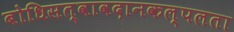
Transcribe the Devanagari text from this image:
बोधिसत्वावदानकल्पलता